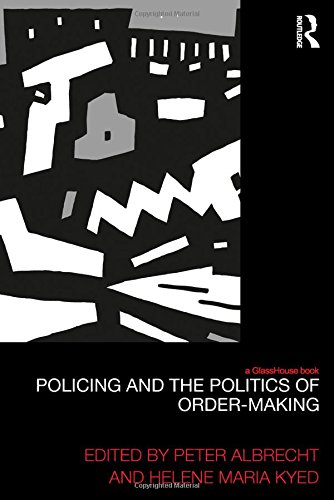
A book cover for Policing and the Politics of Order-Making (Law, Development and Globalization); Law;